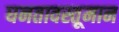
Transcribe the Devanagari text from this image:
घनतावस्तूमान